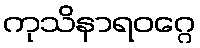
ကုသိနာရဝဂ္ဂေ